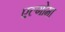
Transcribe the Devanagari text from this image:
एल्गोमा